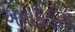
એનોફીલીસ